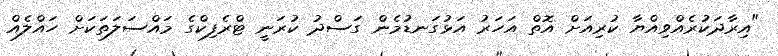
"އިރާދަކުރެއްވިއްޔާ ކުރިއަށް އޮތް އަހަރު އަޅުގަނޑުމެން ގަސްދު ކުރަނީ ޓްރެފިކްގެ މައްސަލަތަކަށް ހައްލެއް